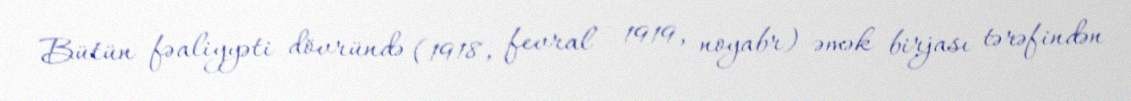
Bütün fəaliyyəti dövründə (1918, fevral - 1919, noyabr) əmək birjası tərəfindən